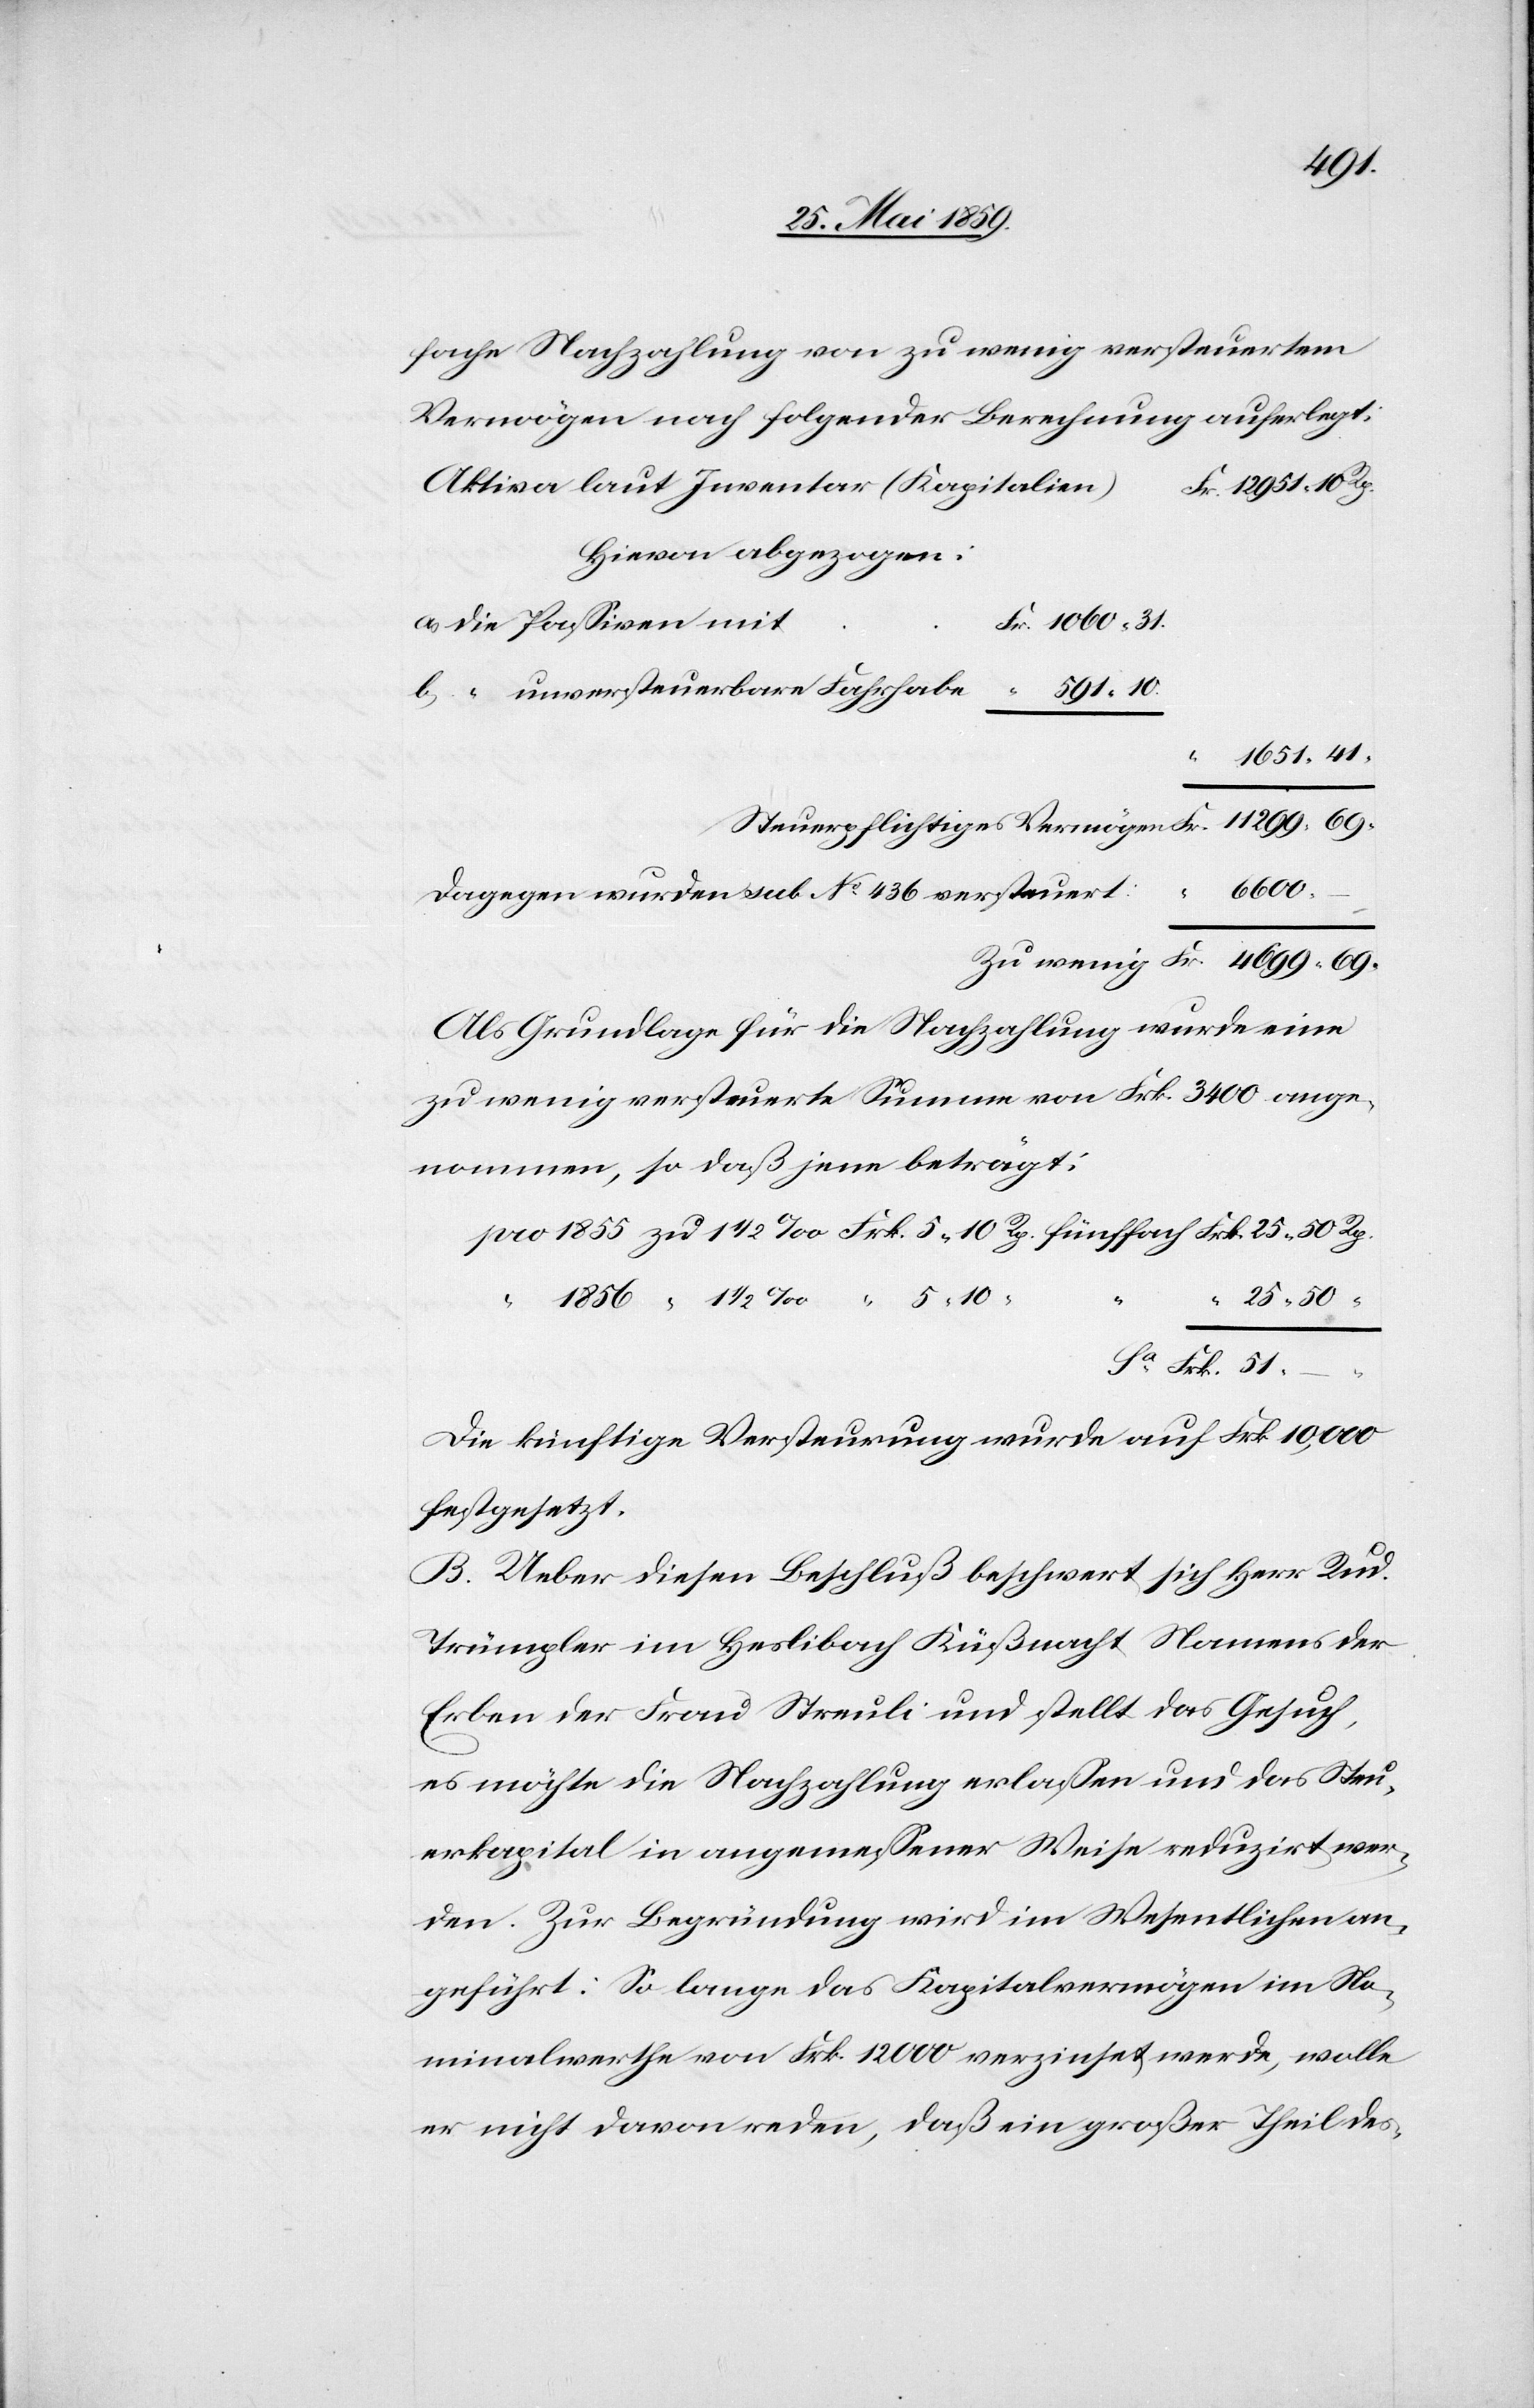
fache Nachzahlung von zu wenig versteuertem
Vermögen nach folgender Berechnung auferlegt:
Aktiva laut Inventar (Kapitalien)
Hievon abgezogen:
Fr. 1060.31.
a) die Passiven mit
b) “ unversteuerbare Fahrhabe “ 591.10
“
1651.41.
Steuerpflichtiges Vermögen 	Fr. 11299.69.
dagegen wurden sub No 436 versteuert:		 “ 6600.
zu wenig 	Fr. 4699.69.
Als Grundlage für die Nachzahlung wurde eine
zu wenig versteuerte Summe von Frk. 3400 ange¬
nommen, so daß jene beträgt:
pro 1855 zu 1 ½ ‰ Frk. 5.10 Rp. fünffach Frk. 25.50 Rp.
½
25.50 “
Sa Frk. 51.–
Die künftige Versteurung wurde auf Frk 10‘000
festgesetzt.
B. Ueber diesen Beschluß beschwert sich Herr. Rud.
Trünpler im Heslibach Küßnacht Namens der
Erben der Frau Streuli und stellt das Gesuch,
es möchte die Nachzahlung erlassen und das Steu¬
erkpaital in angemessener Weise reduzirt wer¬
den. Zur Begründung wird im Wesentlichen an¬
geführt: So lange das Kapitalvermögen im No¬
minalwerthe von Frk. 12000 verzinset werde, wolle
er nicht davon reden, daß ein großer Theil des-